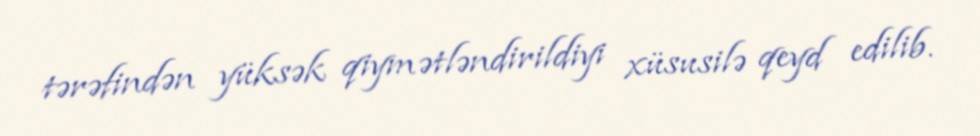
tərəfindən yüksək qiymətləndirildiyi xüsusilə qeyd edilib.